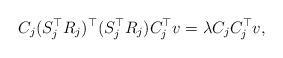
LaTeX: \begin{align*} C_j(S_j^{\top}R_j)^{\top}(S_j^{\top}R_j)C_j^{\top}v=\lambda C_jC_j^{\top}v,\end{align*}